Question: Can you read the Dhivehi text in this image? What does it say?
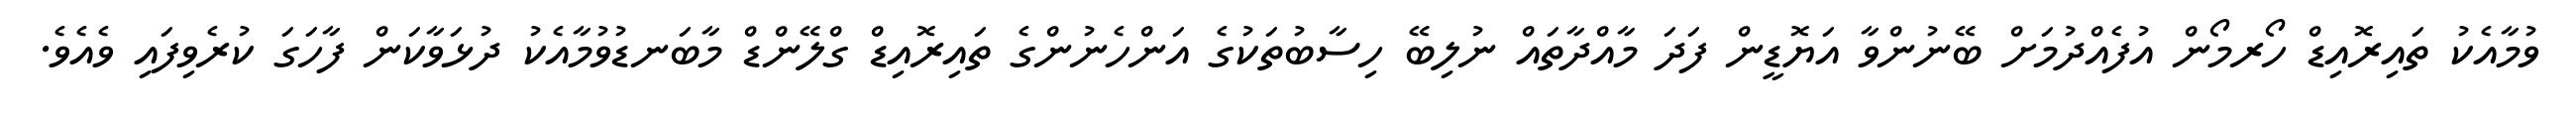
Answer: ވުމާއެކު ތައިރޮއިޑް ހޯރމޯން އުފެއްދުމަށް ބޭނުންވާ އަޔޮޑީން ފަދަ މާއްދާތައް ނުލިބޭ ހިސާބުތަކުގެ އަންހެނުންގެ ތައިރޮއިޑް ގްލޭންޑް މާބަނޑުވުމާއެކު ދުޅަވާކަން ފާހަގަ ކުރެވިފައި ވެއެވެ.